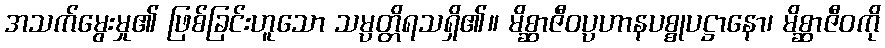
အသက်မွေးမှု၏ ဖြစ်ခြင်းဟူသော သမ္ပတ္တိရသရှိ၏။ မိစ္ဆာဇီဝပ္ပဟာနပစ္စုပဋ္ဌာနော၊ မိစ္ဆာဇီဝကို